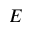
E